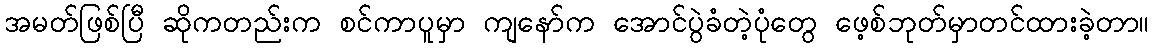
အမတ်ဖြစ်ပြီ ဆိုကတည်းက စင်ကာပူမှာ ကျနော်က အောင်ပွဲခံတဲ့ပုံတွေ ဖေ့စ်ဘုတ်မှာတင်ထားခဲ့တာ။